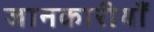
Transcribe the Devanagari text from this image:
जानकारीयाँ